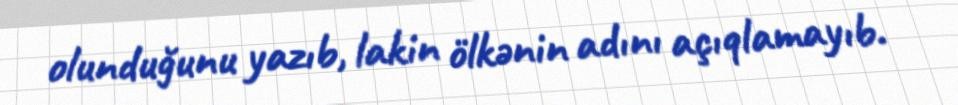
olunduğunu yazıb, lakin ölkənin adını açıqlamayıb.